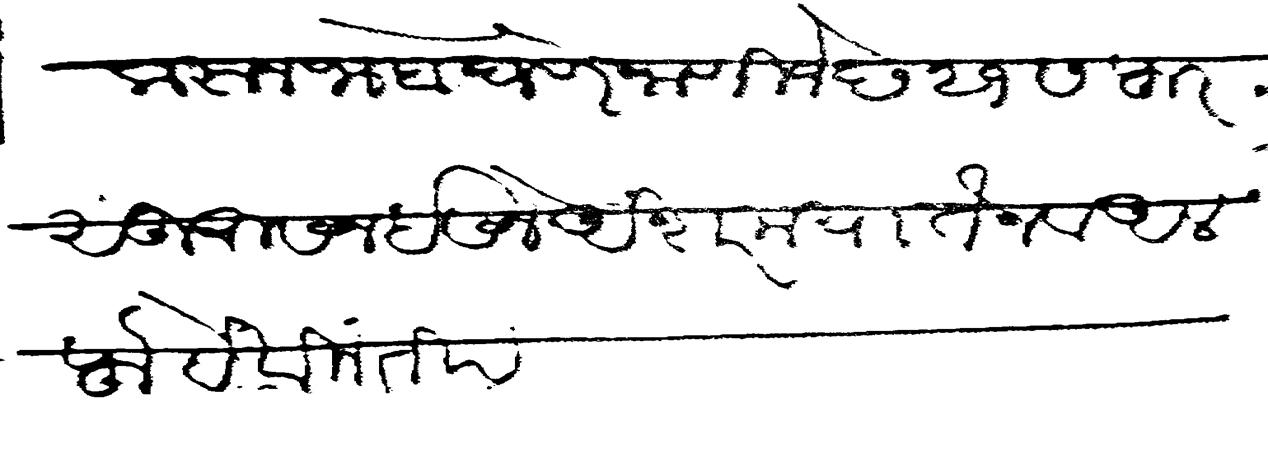
Transliteration (Devanagari): करून जाब घेणे जाणिजे छ २१ सफुर सुहूर सन इसने अशर मयातेन व अलफ हे विनंती